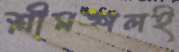
শ্রীমঙ্গলই